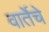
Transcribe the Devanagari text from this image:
वार्तेचे